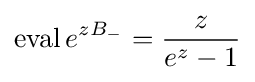
\operatorname {eval} e^{zB_{-}}={\frac {z}{e^{z}-1}}